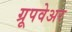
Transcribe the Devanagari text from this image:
ग्रूपवेअर